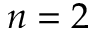
n = 2